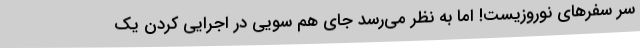
سر سفرهای نوروزیست! اما به نظر می‌رسد جای هم سویی در اجرایی کردن یک